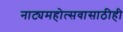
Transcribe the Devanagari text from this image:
नाट्यमहोत्सवासाठीही